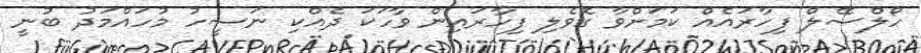
ހޯލްސޭލް ފިހާރައެއް ކަމަށްވާ ގޮވެލި ފިހާރައިން ވާހަކަ ދެއްކި ނަސީހު މުހައްމަދު ބުނީ